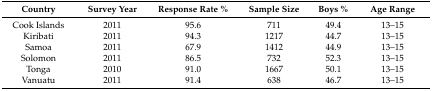
| Country | Survey Year | Response Rate % | Sample Size | Boys % | Age Range |
 | --- | --- | --- | --- | --- | --- |
 | Cook Islands | 2011 | 95.6 | 711 | 49.4 | 13–15 |
 | Kiribati | 2011 | 94.3 | 1217 | 44.7 | 13–15 |
 | Samoa | 2011 | 67.9 | 1412 | 44.9 | 13–15 |
 | Solomon | 2011 | 86.5 | 732 | 52.3 | 13–15 |
 | Tonga | 2010 | 91.0 | 1667 | 50.1 | 13–15 |
 | Vanuatu | 2011 | 91.4 | 638 | 46.7 | 13–15 |